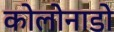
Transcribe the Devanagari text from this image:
कोलोनाडो